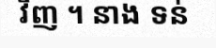
វិញ ។ នាង ទន់